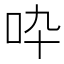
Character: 𠯥